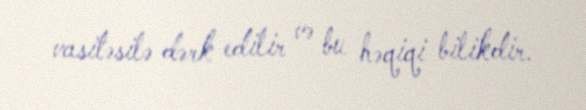
vasitəsilə dərk edilir və bu həqiqi bilikdir.